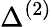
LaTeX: \Delta^{(2)}